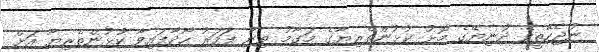
ނުޖެހޭތީވެ ދުނިޔޭގެ މޮޅު ކުޅުންތެރިޔާގެ މަގާމު ތިން ފަހަރު ހޯދާފައިވާ ކުޅުންތެރިޔާ އަށް